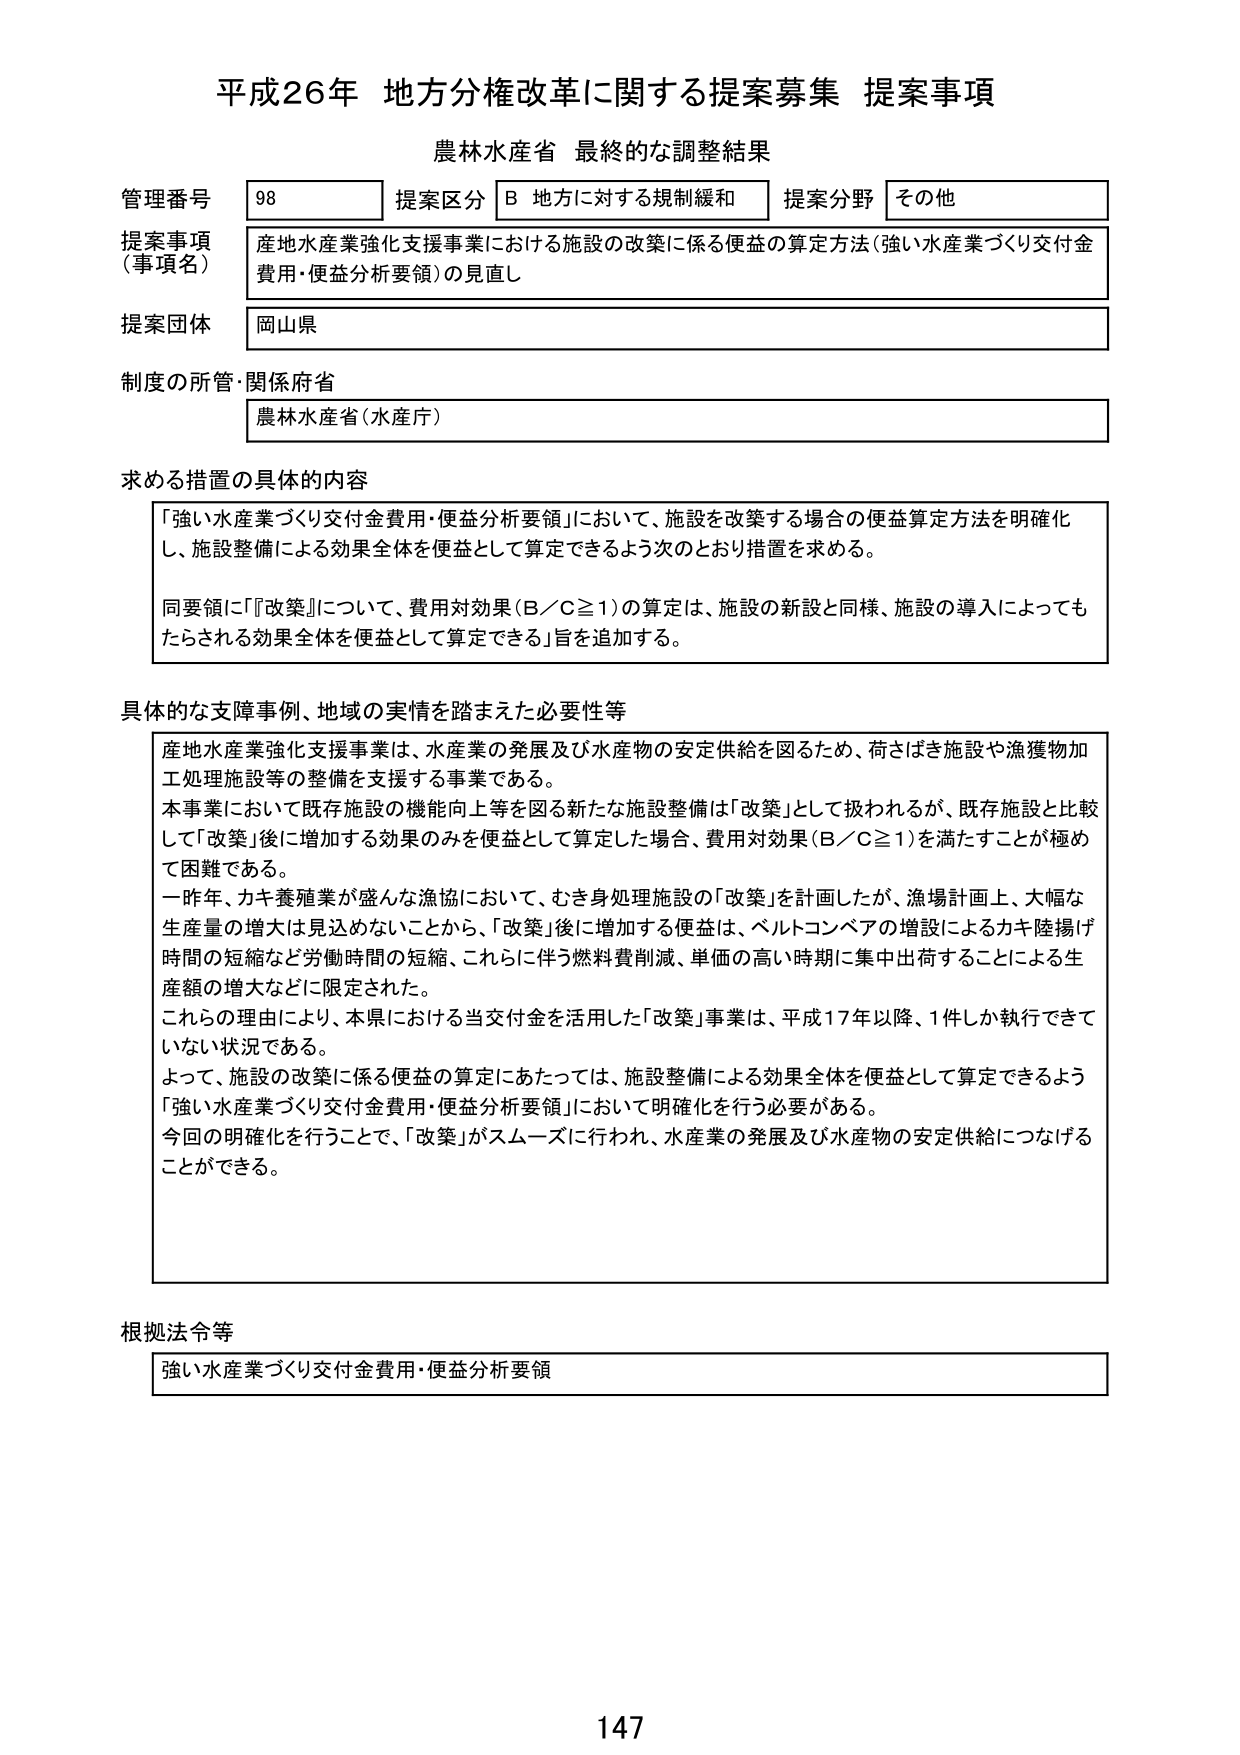
平成26年 地方分権改革に関する提案募集 提案事項
農林水産省 最終的な調整結果

管理番号 98
提案区分 B 地方に対する規制緩和
提案分野 その他

提案事項（事項名）
産地水産業強化支援事業における施設の改築に係る便益の算定方法（強い水産業づくり交付金費用・便益分析要領）の見直し

提案団体
岡山県

制度の所管・関係府省
農林水産省（水産庁）

求める措置の具体的内容
「強い水産業づくり交付金費用・便益分析要領」において、施設を改築する場合の便益算定方法を明確化し、施設整備による効果全体を便益として算定できるよう次のとおり措置を求める。
同要領に「『改築』について、費用対効果（B／C≧1）の算定は、施設の新設と同様、施設の導入によってもたらされる効果全体を便益として算定できる」旨を追加する。

具体的な支障事例、地域の実情を踏まえた必要性等
産地水産業強化支援事業は、水産業の発展及び水産物の安定供給を図るため、荷さばき施設や漁獲物加工処理施設等の整備を支援する事業である。
本事業において既存施設の機能向上等を図る新たな施設整備は「改築」として扱われるが、既存施設と比較して「改築」後に増加する効果のみを便益として算定した場合、費用対効果（B／C≧1）を満たすことが極めて困難である。
一昨年、カキ養殖業が盛んな漁協において、むき身処理施設の「改築」を計画したが、漁場計画上、大幅な生産量の増大は見込めないことから、「改築」後に増加する便益は、ベルトコンベアの増設によるカキ陸揚げ時間の短縮など労働時間の短縮、これに伴う燃料費削減、単価の高い時期に集中出荷することによる生産額の増大などに限定された。
これらの理由により、本県における当交付金を活用した「改築」事業は、平成17年以降、1件しか執行できていない状況である。
よって、施設の改築に係る便益の算定にあたっては、施設整備による効果全体を便益として算定できるよう「強い水産業づくり交付金費用・便益分析要領」において明確化を行う必要がある。
今回の明確化を行うことで、「改築」がスムーズに行われ、水産業の発展及び水産物の安定供給につなげることができる。

根拠法令等
強い水産業づくり交付金費用・便益分析要領

147